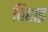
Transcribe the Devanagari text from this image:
बिहाइ